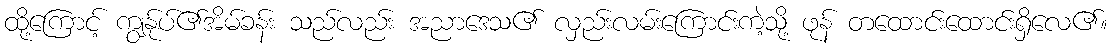
ထို့ကြောင့် ကျွန်ုပ်၏အိမ်ခန်း သည်လည်း အညာဒေသ၏ လှည်းလမ်းကြောင်းကဲ့သို့ ဖုန် တထောင်းထောင်းရှိလေ၏။